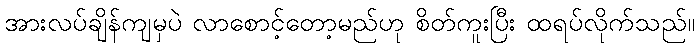
အားလပ်ချိန်ကျမှပဲ လာစောင့်တော့မည်ဟု စိတ်ကူးပြီး ထရပ်လိုက်သည်။